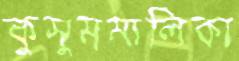
কুসুমমালিকা